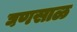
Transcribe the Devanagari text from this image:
घणसाळ